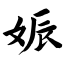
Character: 娠